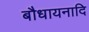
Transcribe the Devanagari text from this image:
बौधायनादि